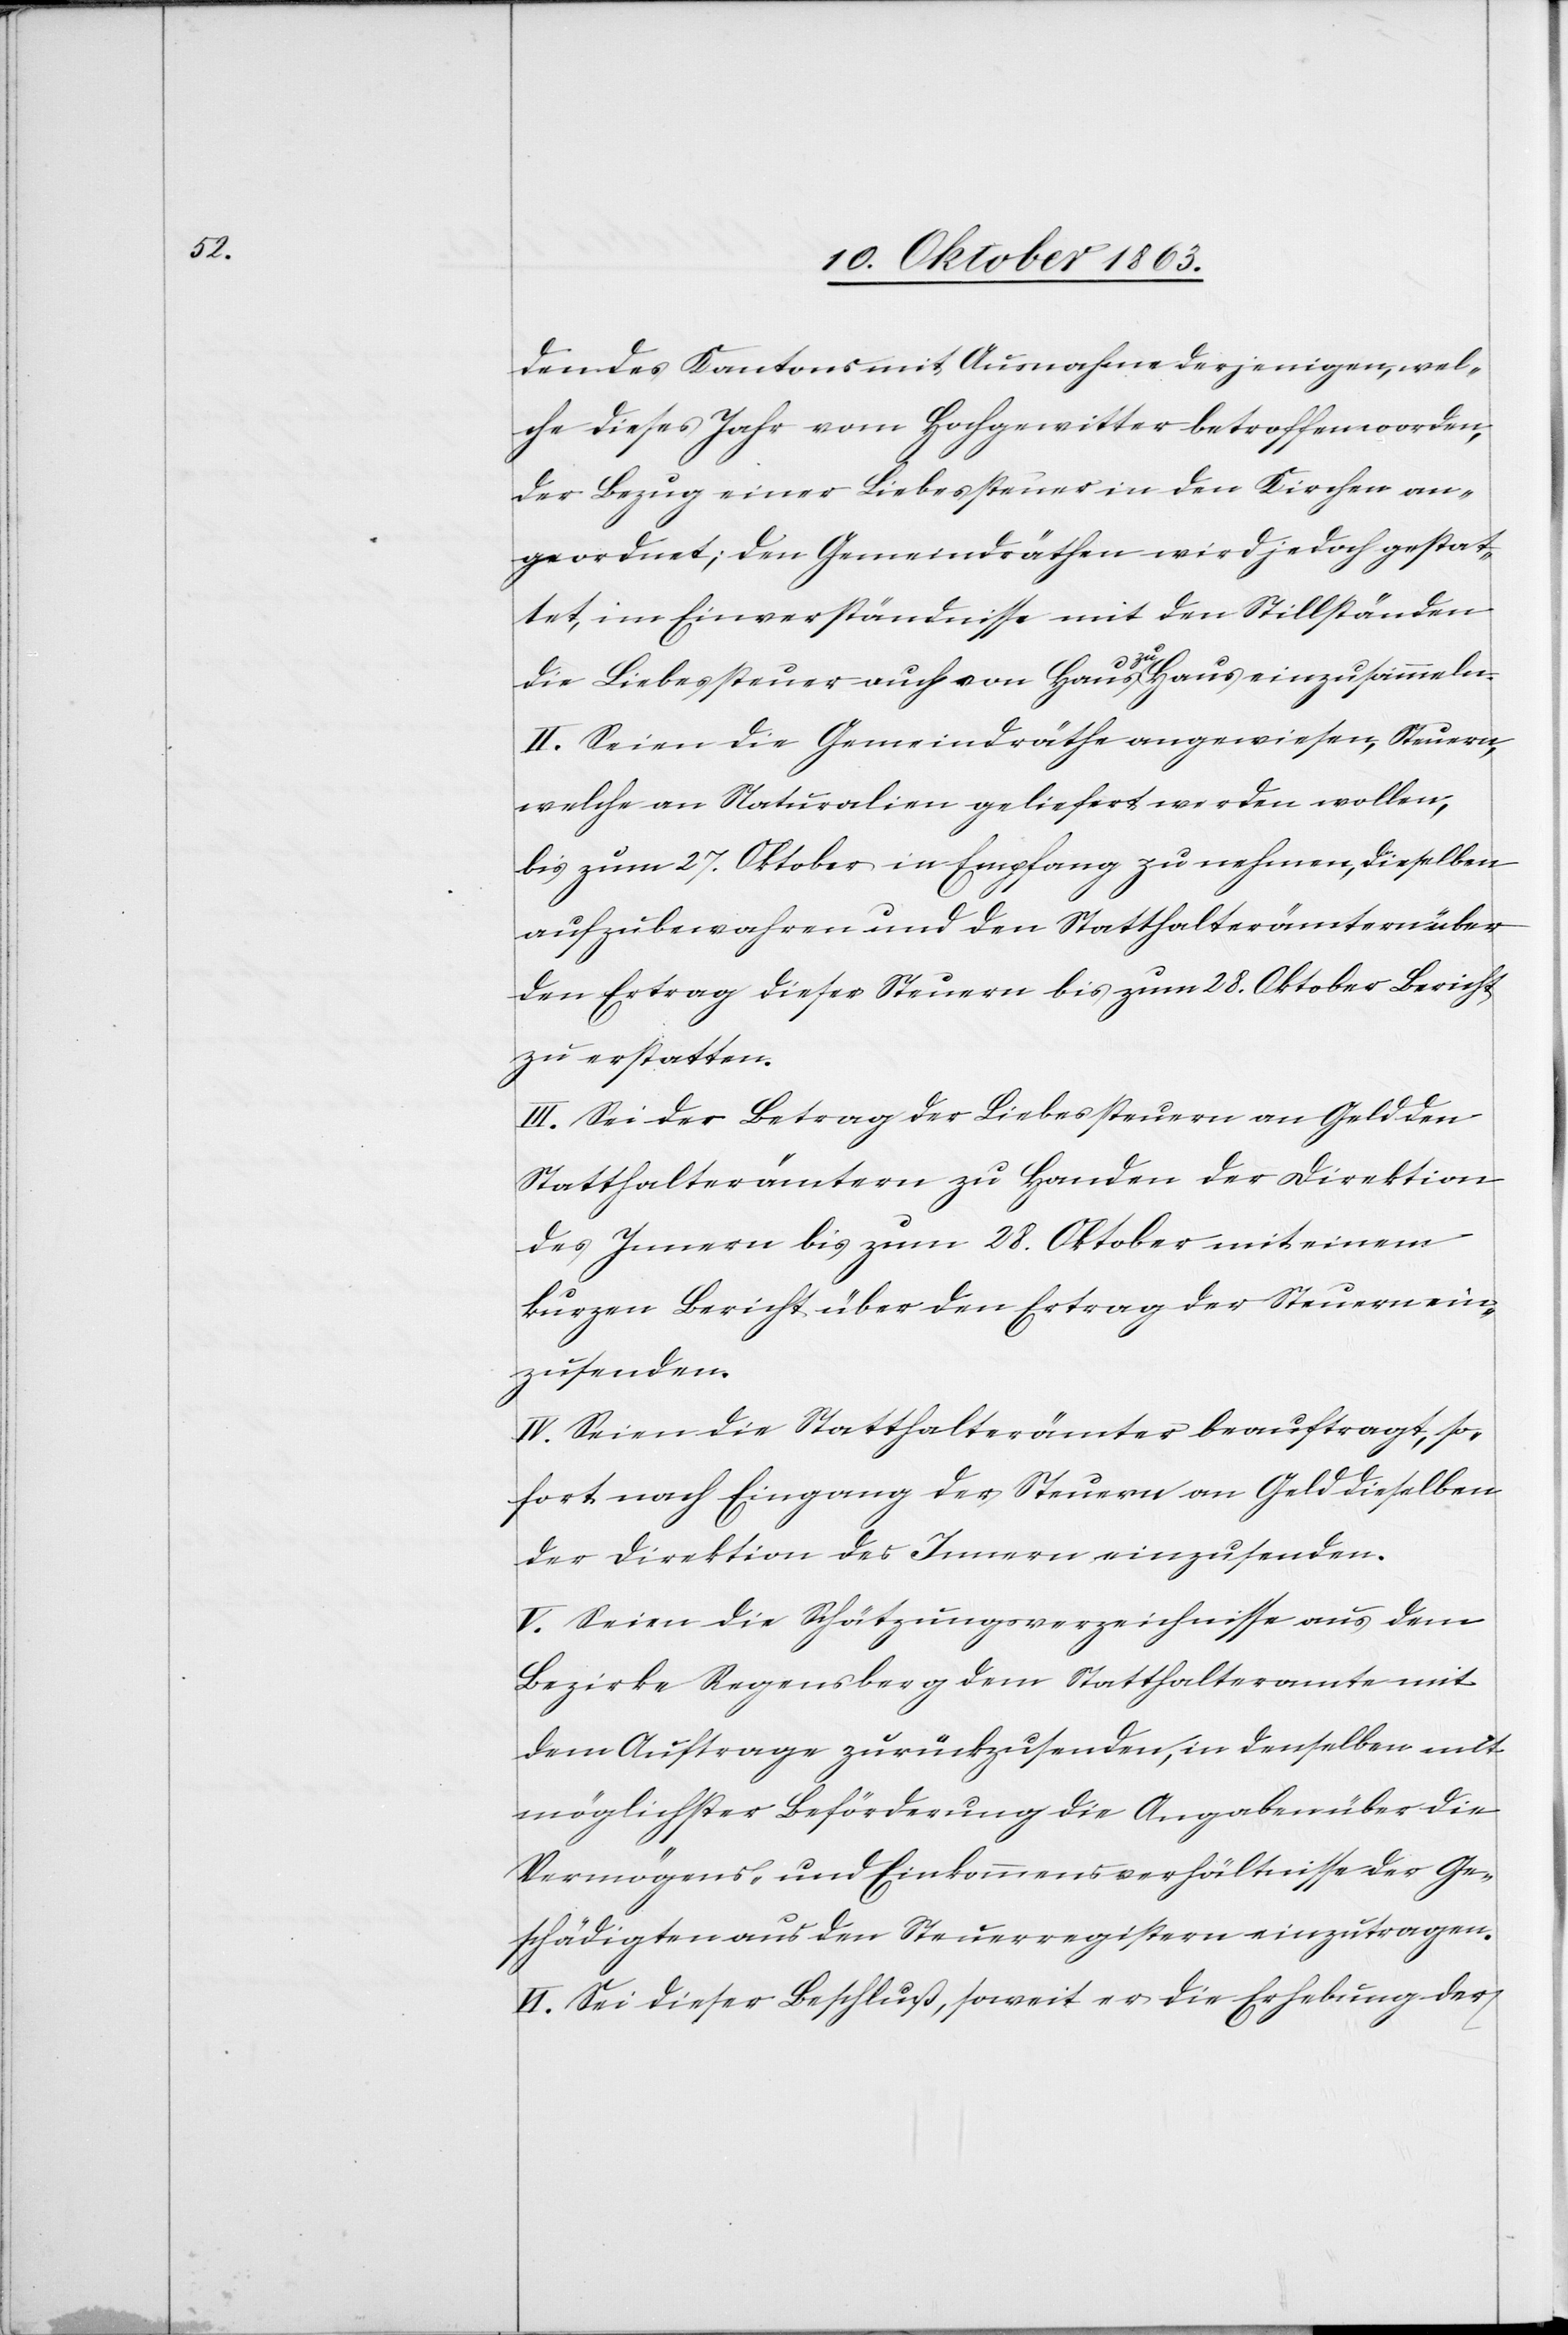
den des Kantons mit Ausnahme derjenigen, wel¬
che dieses Jahr vom Hochgewitter betroffen worden,
der Bezug einer Liebessteuer in den Kirchen an¬
geordnet; den Gemeindräthen wird jedoch gestat¬
tet, im Einverständnisse mit den Stillständen
die Liebessteuer auch von Haus zu Haus einzusammeln.
II. Seien die Gemeindräthe angewiesen, Steuern,
welche an Naturalien geliefert werden wollen,
bis zum 27. Oktober in Empfang zu nehmen, dieselben
aufzubewahren und den Statthalterämtern über
den Ertrag dieser Steuern bis zum 28. Oktober Bericht
zu erstatten.
III. Sei der Betrag der Liebessteuern an Geld den
Statthalterämtern zu Handen der Direktion
des Innern bis zum 28. Oktober mit einem
kurzen Bericht über den Ertrag der Steuern ein¬
zusenden.
IV. Seien die Statthalterämter beauftragt, so¬
fort nach Eingang der Steuern an Geld dieselben
der Direktion des Innern einzusenden.
V. Seien die Schätzungsverzeichnisse aus dem
Bezirke Regensberg dem Statthalteramte mit
dem Auftrage zurückzusenden, in denselben mit
möglichster Beförderung die Angaben über die
Vermögens- und Einkommensverhältnisse der Ge¬
schädigten aus den Steuerregistern einzutragen.
VI. Sei dieser Beschluß, soweit er die Erhebung der